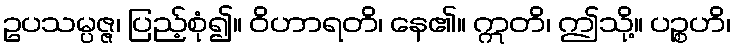
ဥပသမ္ပဇ္ဇ၊ ပြည့်စုံ၍။ ဝိဟာရတိ၊ နေ၏။ ဣတိ၊ ဤသို့။ ပဉ္စဟိ၊